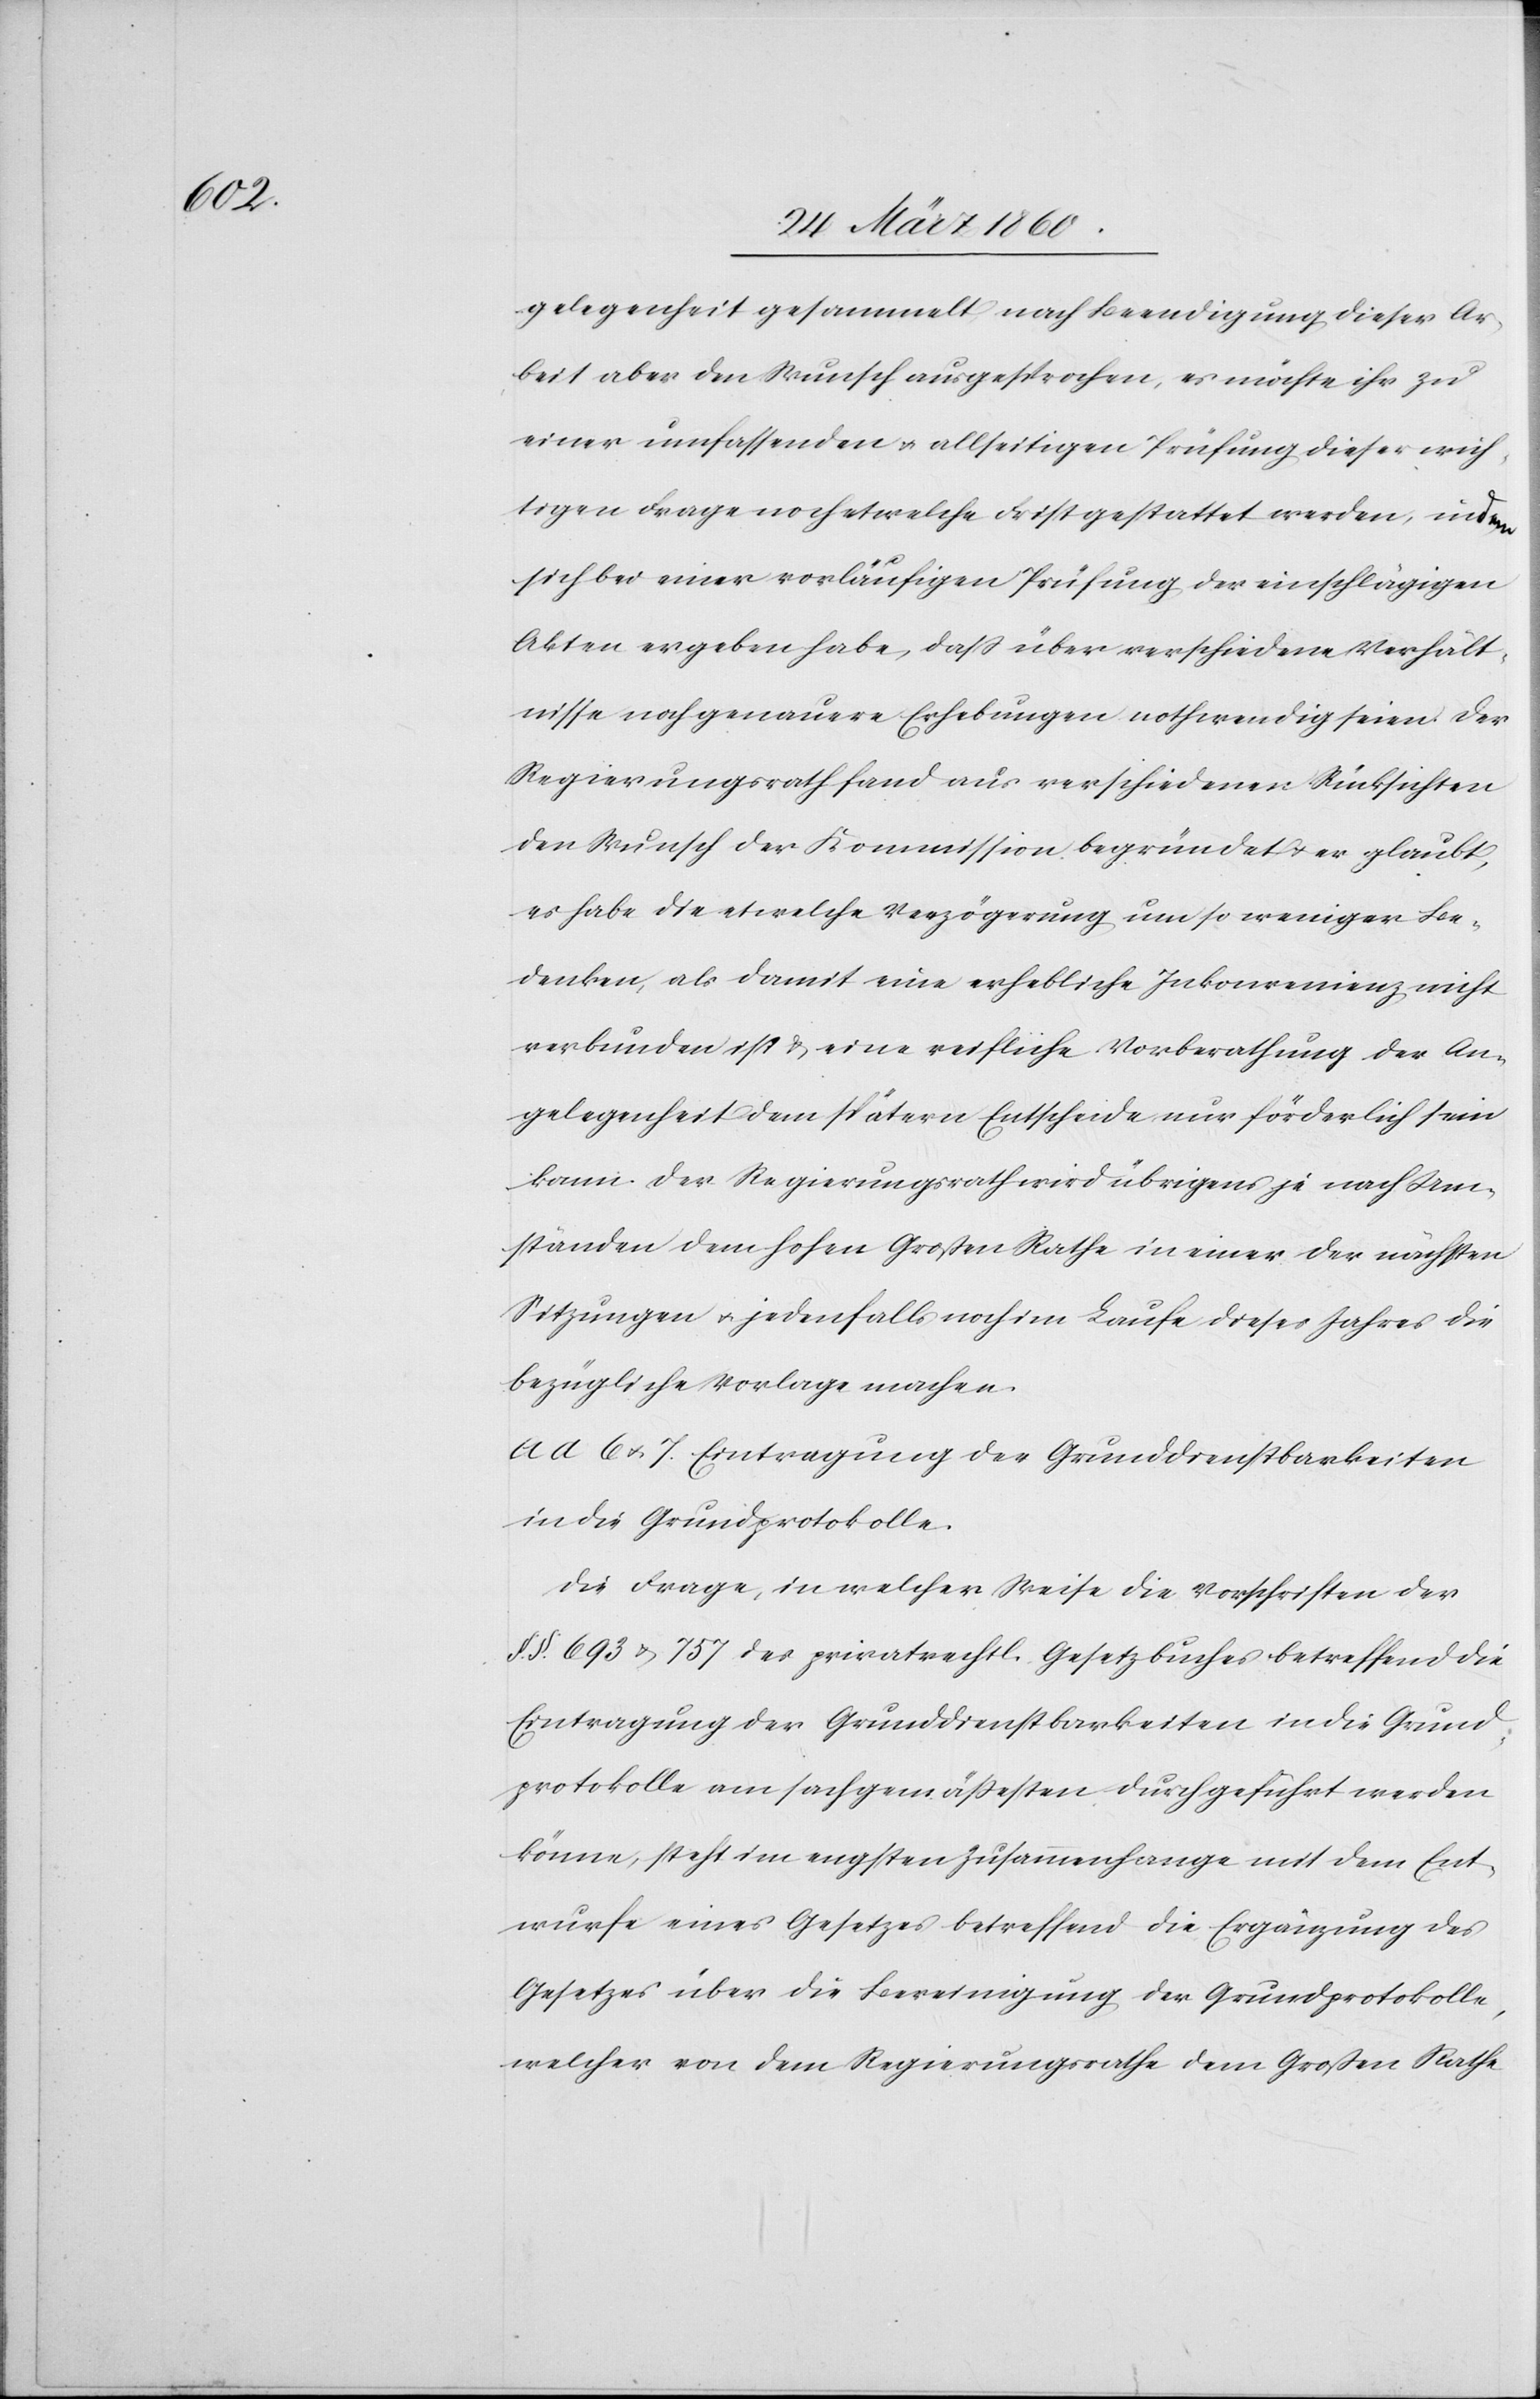
gelegenheit gesammelt nach Beendigung dieser Ar¬
beit aber den Wunsch ausgesprochen, es möchte ihr zu
einer umfassenden u. allseitigen Prüfung dieser wich¬
tigen Frage noch etwelche Frist gestattet werden, indem
sich bei einer vorläufigen Prüfung der einschlägigen
Akten ergeben habe, dass über verschiedene Verhält¬
nisse noch genauere Erhebungen nothwendig seien. Der
Regierungsrath fand aus verschiedenen Rücksichten
der Wunsch der Kommission begründet u. er glaubt,
es habe die etwelche Verzögerung um so weniger Be¬
denken, als damit eine erhebliche Inkonvenienz nicht
verbunden ist u. eine reifliche Vorberathung der An¬
gelegenheit dem spätern Entscheide nur förderlich sein
kann. Der Regierungsrath wird übrigens je nach Um¬
ständen dem hohen Grossen Rathe in einer der nächsten
Sitzungen u. jedenfalls noch im Laufe dieses Jahres die
bezügliche Vorlage machen.
ad 6 u. 7. Eintragung der Grunddienstbarkeiten
in die Grundprotokolle.
Die Frage, in welcher Weise die Vorschriften der
§.§. 693 u. 757 des privatrechtl. Gesetzbuches betreffend die
Eintragung der Grunddienstbarkeiten in die Grund¬
protokolle am sachgemässesten durchgeführt werden
könne, steht im engsten Zusammenhange mit dem Ent¬
wurfe eines Gesetzes betreffend die Ergänzung des
Gesetzes über die Bereinigung der Grundprotokolle,
welcher von dem Regierungsrathe dem Grossen Rathe